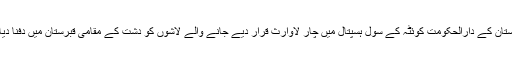
بلوچستان کے دارالحکومت کوئٹہ کے سول ہسپتال میں چار لاوارث قرار دیے جانے والے لاشوں کو دشت کے مقامی قبرستان میں دفنا دیا گیا۔